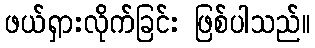
ဖယ်ရှားလိုက်ခြင်း ဖြစ်ပါသည်။